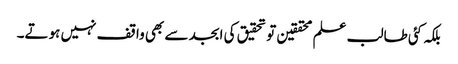
بلکہ کئی طالب علم محققین تو تحقیق کی ابجد سے بھی واقف نہیں ہوتے۔